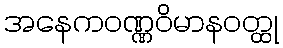
အနေကဝဏ္ဏဝိမာနဝတ္ထု